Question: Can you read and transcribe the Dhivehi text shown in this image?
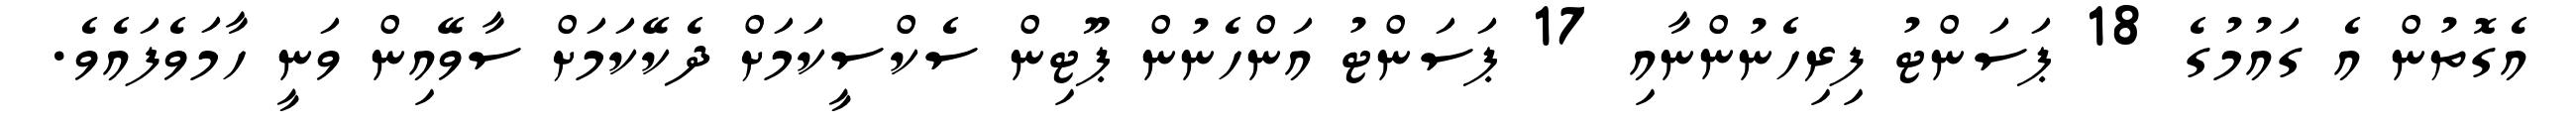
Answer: އެގޮތުން އެ ގައުމުގެ 18 ޕަސަންޓު ފިރިހެނުންނާއި 17 ޕަސަންޓު އަންހެނުން ޕޫޓިން ސެކްސީކަމަށް ދެކޭކަމަށް ސާވޭއިން ވަނީ ހާމަވެފައެވެ.